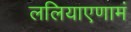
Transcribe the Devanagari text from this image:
ललियाएणामं